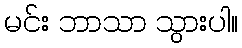
မင်း ဘာသာ သွားပါ။